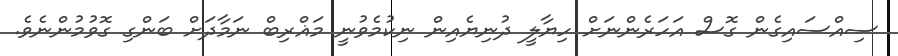
ސިއްސައިގެން ގޮސް އަހަރެންނަށް ހިޔާލީ ދުނިޔެއިން ނިކުމެވުނީ މަޣްރިބް ނަމާދަށް ބަންގި ގޮވުމުންނެވެ.